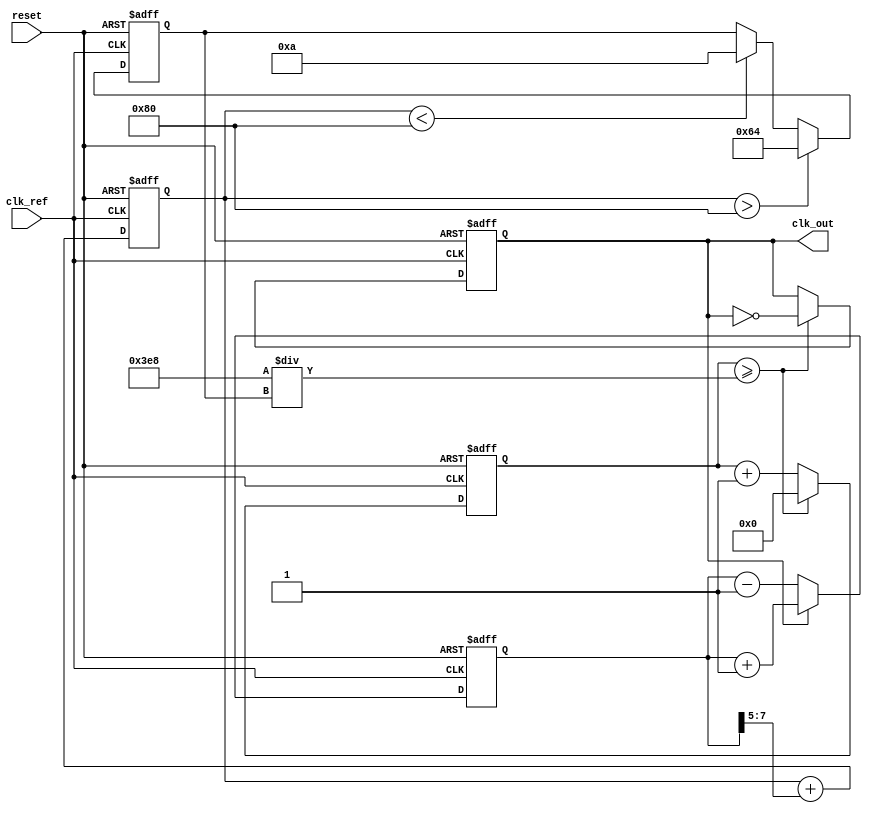
module pll_type1 (
    input wire clk_ref,        // Reference clock input
    input wire reset,          // Reset signal
    output reg clk_out         // Output clock
);

// Parameters
parameter integer VCO_MAX_FREQ = 100; // Maximum VCO frequency
parameter integer VCO_MIN_FREQ = 10;   // Minimum VCO frequency
parameter integer LOOP_BANDWIDTH = 5;  // Loop bandwidth for the low-pass filter

// Internal signals
reg [7:0] phase_error;          // Phase error signal
reg [7:0] control_voltage;      // Control voltage from LPF
reg [7:0] vco_freq;             // Current frequency of VCO
reg [31:0] vco_counter;         // VCO counter for clock generation

// Phase Detector
always @(posedge clk_ref or posedge reset) begin
    if (reset) begin
        phase_error <= 0;
    end else begin
        // Example phase error calculation (simple model)
        // This is a placeholder for actual phase detection logic
        if (clk_out) begin
            phase_error <= phase_error + 1; // Increment error if output clock is high
        end else begin
            phase_error <= phase_error - 1; // Decrement error if output clock is low
        end
    end
end

// Low-Pass Filter
always @(posedge clk_ref or posedge reset) begin
    if (reset) begin
        control_voltage <= 0;
    end else begin
        // Simple LPF implementation
        control_voltage <= control_voltage + (phase_error >> LOOP_BANDWIDTH);
    end
end

// Voltage-Controlled Oscillator (VCO)
always @(posedge clk_ref or posedge reset) begin
    if (reset) begin
        vco_freq <= VCO_MIN_FREQ; // Start at minimum frequency
        clk_out <= 0;
        vco_counter <= 0;
    end else begin
        // Adjust VCO frequency based on control voltage
        if (control_voltage > 128) begin
            vco_freq <= VCO_MAX_FREQ; // Set to max frequency
        end else if (control_voltage < 128) begin
            vco_freq <= VCO_MIN_FREQ; // Set to min frequency
        end

        // Generate output clock based on VCO frequency
        vco_counter <= vco_counter + 1;
        if (vco_counter >= (1000 / vco_freq)) begin // Adjust scaling as needed
            clk_out <= ~clk_out; // Toggle output clock
            vco_counter <= 0;
        end
    end
end

endmodule